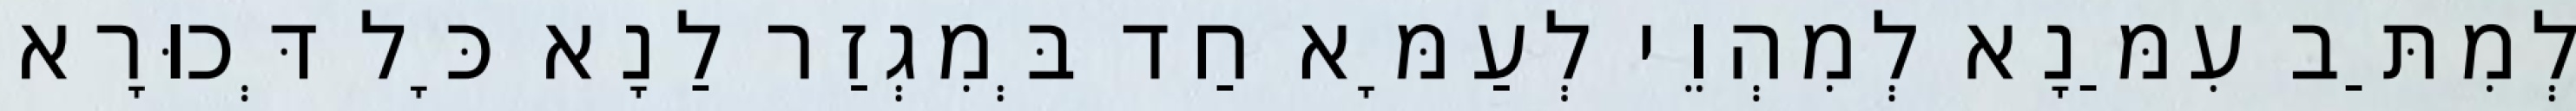
לְמִתַּב עִמַּנָא לְמִהְוֵי לְעַמָּא חַד בְּמִגְזַר לַנָא כָּל דְּכוּרָא